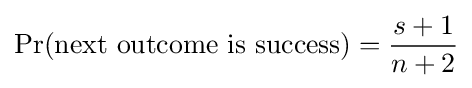
\Pr({\text{next outcome is success}})={\frac {s+1}{n+2}}